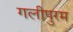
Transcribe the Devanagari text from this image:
गलीपुरम